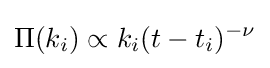
\Pi (k_{i})\propto k_{i}(t-t_{i})^{-\nu }